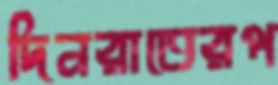
দিনরাতেরপ